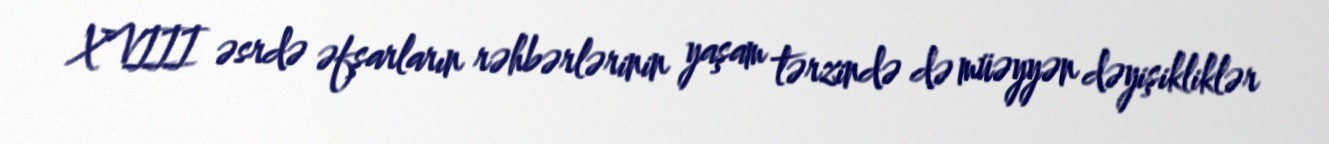
XVIII əsrdə əfşarların rəhbərlərinin yaşam tərzində də müəyyən dəyişikliklər